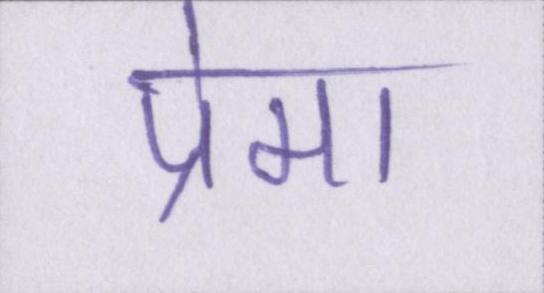
प्रेमा